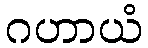
ဂဟာယံ